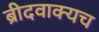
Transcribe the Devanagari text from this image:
ब्रीदवाक्यच